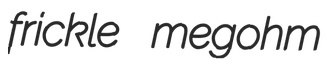
frickle megohm